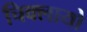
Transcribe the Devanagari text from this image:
चिक्लायो